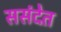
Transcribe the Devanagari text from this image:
ससंदेत